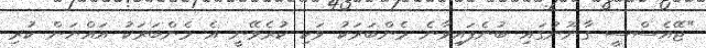
"ޖޭއެސްސީ ގާނޫނުގައި ބުނެފައިވާނެ މެންބަރަކު ވަކި ކުރެވޭނީ އެ މެންބަރަކު އައްޔަން ކުރި